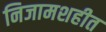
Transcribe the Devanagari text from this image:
निजामशहीत